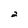
Character: 2